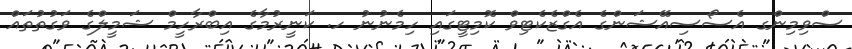
ސްވިމިންގ އެސޯސިއޭޝަންގެ އެގްޒެކެޓިވް ކޮމިޓީގައި ހިމެނުނު ހ. ކަނީރުމާގެ އިބްރާހީމް ޝަމީލްގެ ވަގުތުތައް